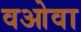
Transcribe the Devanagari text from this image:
वओवा